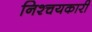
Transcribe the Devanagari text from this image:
निश्चयकारी